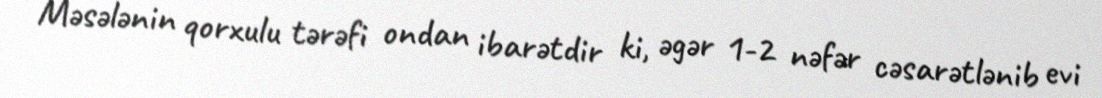
Məsələnin qorxulu tərəfi ondan ibarətdir ki, əgər 1-2 nəfər cəsarətlənib evi